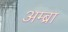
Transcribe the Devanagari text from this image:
अम्ब्रा